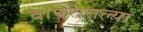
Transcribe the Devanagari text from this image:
वापरातल्या